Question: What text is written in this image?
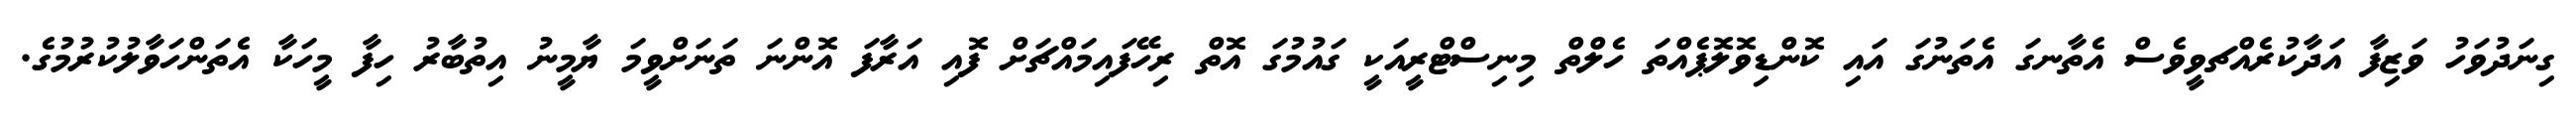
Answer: ގިނަދުވަހު ވަޒިފާ އަދާކުރެއްޗވީވެސް އެތާނގަ އެތަނުގަ އައި ކޮންޑިވޮލޮޕެއްތަ ހެލްތް މިނިސްޓްރީއަކީ ގައުމުގަ އޮތް ރިހޭފައިމައްޗަށް ފޮއި އަރާފަ އޮންނަ ތަނަށްވީމަ ޔާމީނު އިތުބާރު ހިފާ މީހަކާ އެތަންހަވާލުކުރުމުގެ.